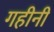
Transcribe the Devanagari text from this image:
गहीनी